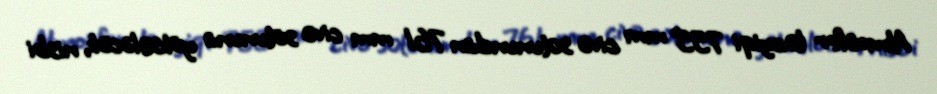
Atmosfer təzyiqi 755 mm civə sütunundan 761 mm civə sütununa yüksələcək, nisbi